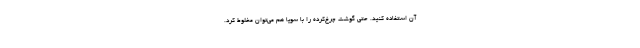
آن استفاده کنید. حتی گوشت چرخ‌کرده را با سویا هم می‌توان مخلوط کرد.